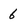
Character: 6